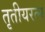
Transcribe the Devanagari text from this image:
तृतीयरत्‍न